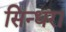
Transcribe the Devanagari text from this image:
सिन्धरा